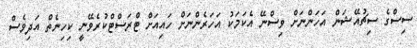
ސިސްގެ ސިޗުއޭޝަން އަހަންނަށް ވިސްނޭ އެކަމަކު އަހަރެންނަށް ހައިއަށް ޓްރަސްޓްކުރެވޭނީ ކިހިނެތް އަދިވެސް